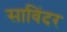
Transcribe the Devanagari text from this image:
साविंदर